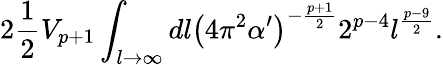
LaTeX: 2\frac{1}{2}V_{p+1}\int_{l\to\infty}dl\left(4\pi^{2}\alpha^{\prime}\right)^{-\frac{p+1}{2}}2^{p-4}l^{\frac{p-9}{2}}.